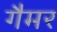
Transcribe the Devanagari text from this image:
गैमर